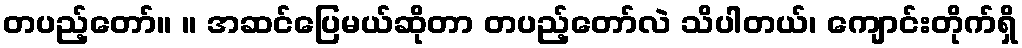
တပည့်တော်။ ။ အဆင်ပြေမယ်ဆိုတာ တပည့်တော်လဲ သိပါတယ်၊ ကျောင်းတိုက်ရှိ